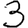
Digit: 3